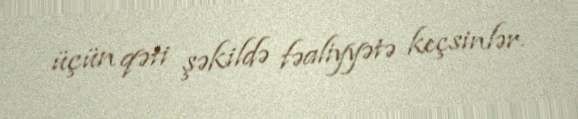
üçün qəti şəkildə fəaliyyətə keçsinlər.